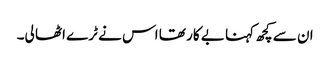
ان سے کچھ کہنا بے کار تھا اس نے ٹرے اٹھا لی۔